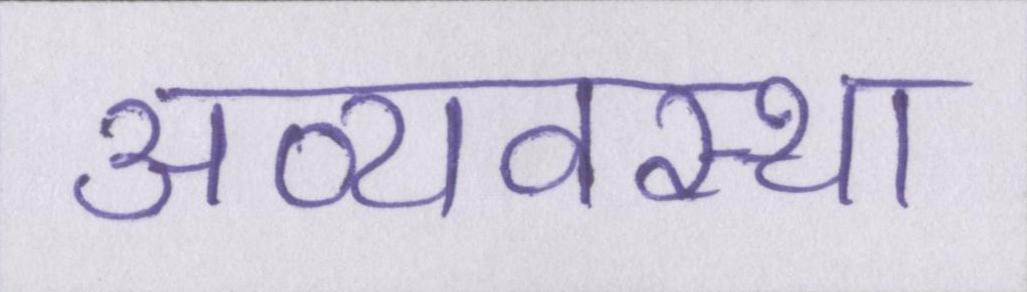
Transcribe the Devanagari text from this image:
अव्यवस्था